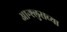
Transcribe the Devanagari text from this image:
आन्श्लुसच्या